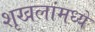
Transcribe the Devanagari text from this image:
शृखलांमध्ये